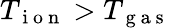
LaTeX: T_{\mathrm{~i~o~n~}}>T_{\mathrm{~g~a~s~}}